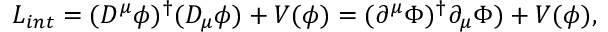
{ \cal L } _ { i n t } = ( D ^ { \mu } \phi ) ^ { \dagger } ( D _ { \mu } \phi ) + V ( \phi ) = ( \partial ^ { \mu } \Phi ) ^ { \dagger } \partial _ { \mu } \Phi ) + V ( \phi ) ,